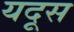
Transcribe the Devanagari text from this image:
यदूस